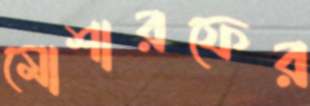
মোশারফের